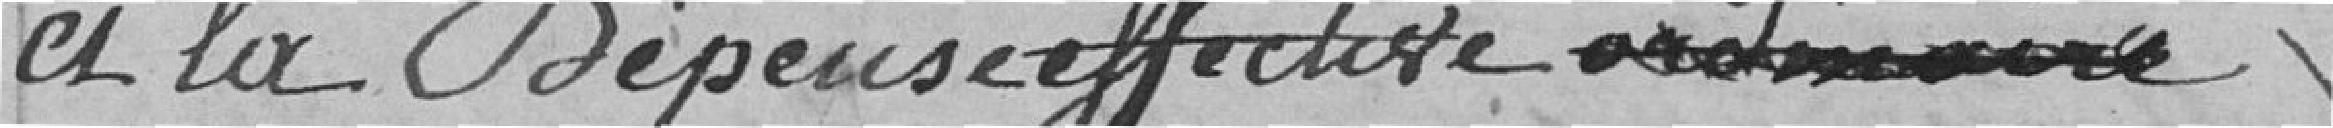
et la dépense effective ordinaire